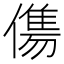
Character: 𬿶